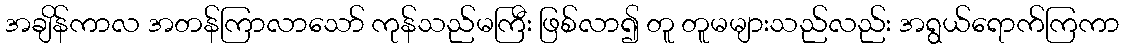
အချိန်ကာလ အတန်ကြာလာသော် ကုန်သည်မကြီး ဖြစ်လာ၍ တူ တူမများသည်လည်း အရွယ်ရောက်ကြကာ